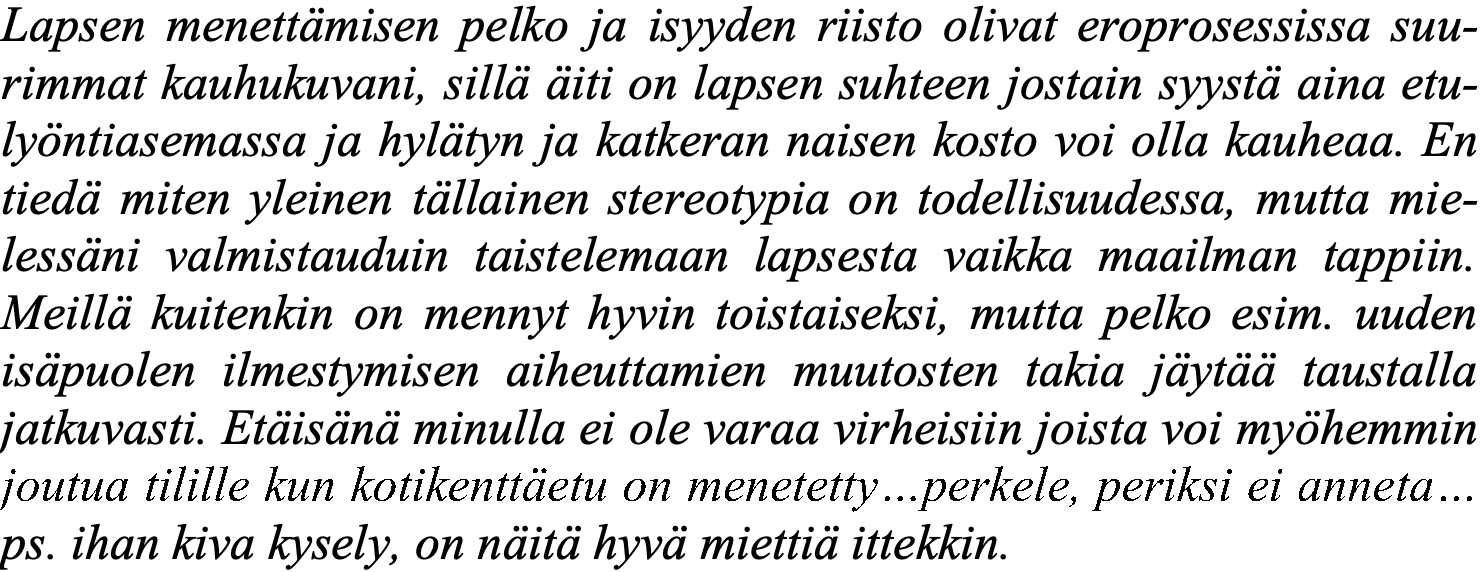
Lapsen menettämisen pelko ja isyyden riisto olivat eroprosessissa suu- rimmat kauhukuvani, sillä äiti on lapsen suhteen jostain syystä aina etu- lyöntiasemassa ja hylätyn ja katkeran naisen kosto voi olla kauheaa. En tiedä miten yleinen tällainen stereotypia on todellisuudessa, mutta mie- lessäni valmistauduin taistelemaan lapsesta vaikka maailman tappiin. Meillä kuitenkin on mennyt hyvin toistaiseksi, mutta pelko esim. uuden isäpuolen ilmestymisen aiheuttamien muutosten takia jäytää taustalla jatkuvasti. Etäisänä minulla ei ole varaa virheisiin joista voi myöhemmin joutua tilille kun kotikenttäetu on menetetty…perkele, periksi ei anneta… ps. ihan kiva kysely, on näitä hyvä miettiä ittekkin.